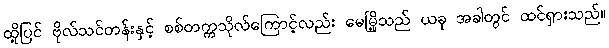
ထို့ပြင် ဗိုလ်သင်တန်းနှင့် စစ်တက္ကသိုလ်ကြောင့်လည်း မေမြို့သည် ယခု အခါတွင် ထင်ရှားသည်။